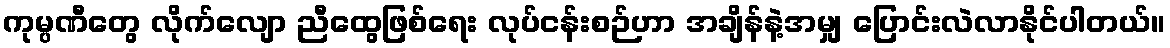
ကုမ္ပဏီတွေ လိုက်လျော ညီထွေဖြစ်ရေး လုပ်ငန်းစဉ်ဟာ အချိန်နဲ့အမျှ ပြောင်းလဲလာနိုင်ပါတယ်။